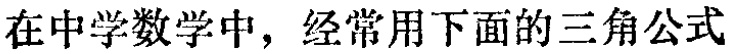
在中学数学中，经常用下面的三角公式